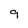
Character: 9